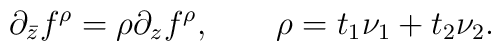
\partial_{\bar z} f^\rho =\rho \partial_z f^\rho,\qquad \rho=t_1\nu_1+t_2\nu_2.